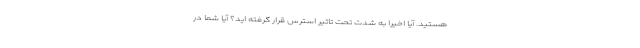
هستید. آیا اخیرا به شدت تحت تاثیر استرس قرار گرفته اید؟ آیا شما در